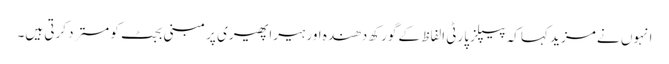
انہوں نے مزید کہا کہ پیپلز پارٹی الفاظ کے گورکھ دھندہ اور ہیراپھیری پر مبنی بجٹ کو مسترد کرتی ہیں۔